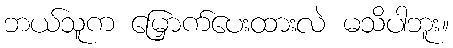
ဘယ်သူက မြှောက်ပေးထားလဲ မသိပါဘူး။